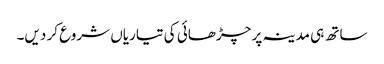
ساتھ ہی مدینہ پر چڑھائی کی تیاریاں شروع کر دیں۔